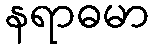
နရာဓမာ